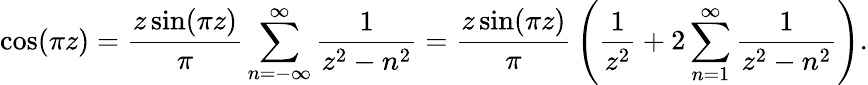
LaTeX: \cos(\pi z)={\frac{z\sin(\pi z)}{\pi}}\displaystyle\sum_{n=-\infty}^{\infty}{\frac{1}{z^{2}-n^{2}}}={\frac{z\sin(\pi z)}{\pi}}\left({\frac{1}{z^{2}}}+2\displaystyle\sum_{n=1}^{\infty}{\frac{1}{z^{2}-n^{2}}}\right).